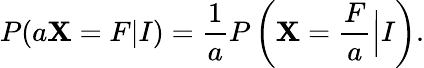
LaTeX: P(a\mathbf{X}=F|I)=\frac{{1}}{{a}}P\left(\mathbf{X}=\frac{{F}}{{a}}\Big|I\right).